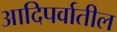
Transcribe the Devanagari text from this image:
आदिपर्वातील